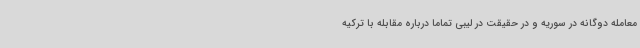
معامله دوگانه در سوریه و در حقیقت در لیبی تماما درباره مقابله با ترکیه